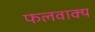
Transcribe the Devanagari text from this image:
फलवाक्य